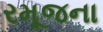
રમૂજના